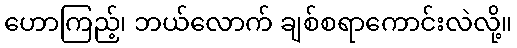
ဟောကြည့်၊ ဘယ်လောက် ချစ်စရာကောင်းလဲလို့။